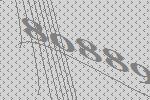
80889